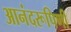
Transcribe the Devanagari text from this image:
आनंदरूपिणी